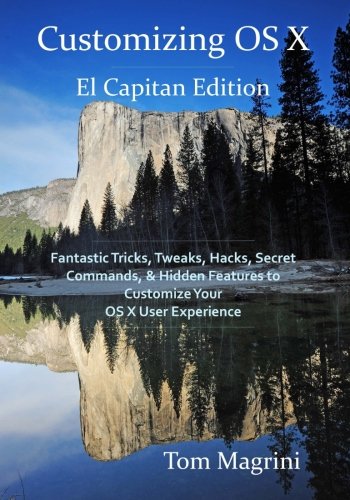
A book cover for Customizing OS X - El Capitan Edition: Fantastic Tricks, Tweaks, Hacks, Secret Commands, & Hidden Features to Customize Your OS X User Experience; Tom Magrini; Computers & Technology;